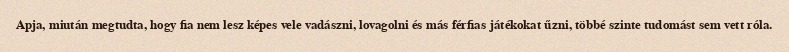
Apja, miután megtudta, hogy fia nem lesz képes vele vadászni, lovagolni és más férfias játékokat űzni, többé szinte tudomást sem vett róla.